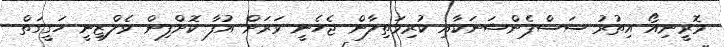
މޮރީނިއޯ އިތުރު ސަސްޕެންޝަނަކާއި ކުރިމަތިލާން ޖެހެނީ ވަރަށް އުފާ ކޮށްފިން ވެލްޒިނީ ހަގީގަތް